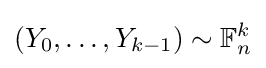
(Y_{0},\dots ,Y_{k-1})\sim \mathbb {F} _{n}^{k}